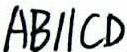
A B / / C D